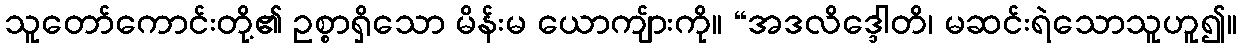
သူတော်ကောင်းတို့၏ ဥစ္စာရှိသော မိန်းမ ယောကျ်ားကို။ “အဒလိဒ္ဒေါတိ၊ မဆင်းရဲသောသူဟူ၍။